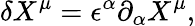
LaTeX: \delta X^{\mu}=\epsilon^{\alpha}\partial_{\alpha}X^{\mu},